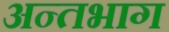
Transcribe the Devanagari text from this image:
अन्तभाग